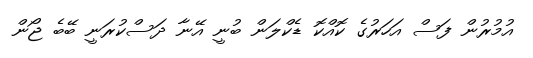
އުމުރުން ފަސް އަހަރުގެ ކޮއްކޮ ޑެކްލަން ބުނީ އޭނާ ދަސްކުރަނީ ބޭބެ ޖޯން